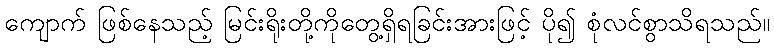
ကျောက် ဖြစ်နေသည့် မြင်းရိုးတို့ကိုတွေ့ရှိရခြင်းအားဖြင့် ပို၍ စုံလင်စွာသိရသည်။